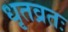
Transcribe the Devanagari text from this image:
धृतव्रतः